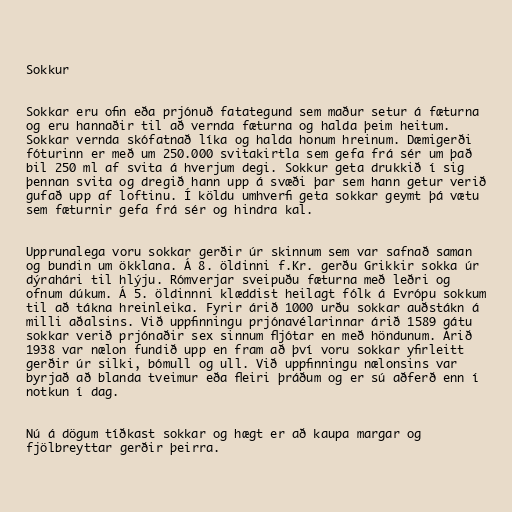
Sokkur

Sokkar eru ofin eða prjónuð fatategund sem maður setur á fæturna
og eru hannaðir til að vernda fæturna og halda þeim heitum.
Sokkar vernda skófatnað líka og halda honum hreinum. Dæmigerði
fóturinn er með um 250.000 svitakirtla sem gefa frá sér um það
bil 250 ml af svita á hverjum degi. Sokkur geta drukkið í sig
þennan svita og dregið hann upp á svæði þar sem hann getur verið
gufað upp af loftinu. Í köldu umhverfi geta sokkar geymt þá vætu
sem fæturnir gefa frá sér og hindra kal.

Upprunalega voru sokkar gerðir úr skinnum sem var safnað saman
og bundin um ökklana. Á 8. öldinni f.Kr. gerðu Grikkir sokka úr
dýrahári til hlýju. Rómverjar sveipuðu fæturna með leðri og
ofnum dúkum. Á 5. öldinnni klæddist heilagt fólk á Evrópu sokkum
til að tákna hreinleika. Fyrir árið 1000 urðu sokkar auðstákn á
milli aðalsins. Við uppfinningu prjónavélarinnar árið 1589 gátu
sokkar verið prjónaðir sex sinnum fljótar en með höndunum. Árið
1938 var nælon fundið upp en fram að því voru sokkar yfirleitt
gerðir úr silki, bómull og ull. Við uppfinningu nælonsins var
byrjað að blanda tveimur eða fleiri þráðum og er sú aðferð enn í
notkun í dag.

Nú á dögum tíðkast sokkar og hægt er að kaupa margar og
fjölbreyttar gerðir þeirra.